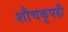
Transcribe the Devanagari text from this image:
शौचकुपही